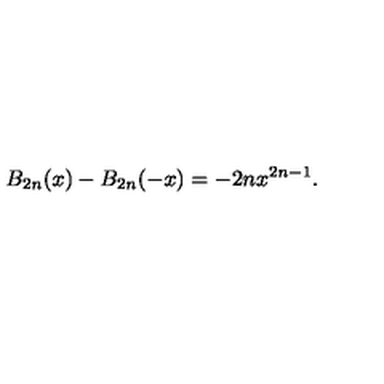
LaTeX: B _ { 2 n } ( x ) - B _ { 2 n } ( - x ) = - 2 n x ^ { 2 n - 1 } .